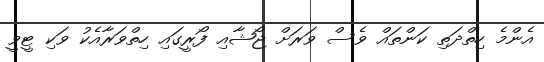
އެންމެ ހިތްދަތި ކަންތައް ވެސް ވަރަށް ޖޯޝާއި ފޯރީގައި ހިތްވަރާއެކު ވަކި ޓީވީ